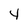
Character: 4